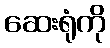
ဆေးရုံကို